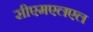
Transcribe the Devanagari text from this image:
सीएमएलएल